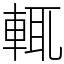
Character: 輒